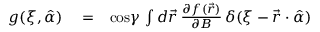
\begin{array} { r l r } { g ( \xi , \hat { \alpha } ) } & { { } = } & { \mathrm { c o s } \gamma \, \int d { \vec { r } } \, \frac { \partial f ( \vec { r } ) } { \partial B } \, \delta ( \xi - \vec { r } \cdot \hat { \alpha } ) } \end{array}